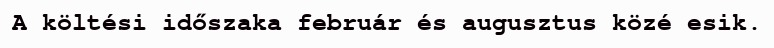
A költési időszaka február és augusztus közé esik.